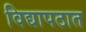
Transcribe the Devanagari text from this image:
विद्यापठात